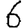
Digit: 6